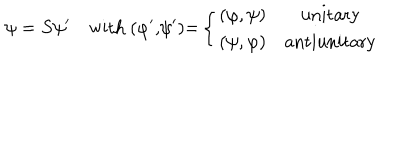
LaTeX: \psi = S \psi ^ { \prime \quad } \mathrm { w i t h ~ ( } \varphi ^ { \prime } \mathrm { , } \psi ^ { \prime } \mathrm { ) = } \left\{ \begin{array} { c c } { { ( \varphi , \psi ) } } & { { \mathrm { u n i t a r y } } } \\ { { ( \psi , \varphi ) } } & { { \mathrm { a n t i u n i t a r y } } } \\ \end{array} \right.